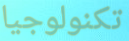
تكنولوجيا